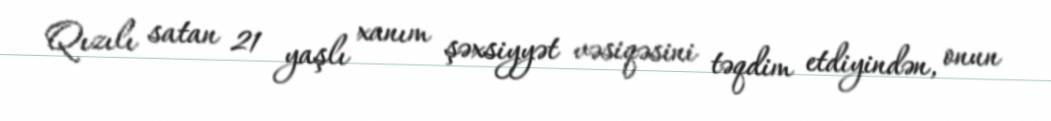
Qızılı satan 21 yaşlı xanım şəxsiyyət vəsiqəsini təqdim etdiyindən, onun